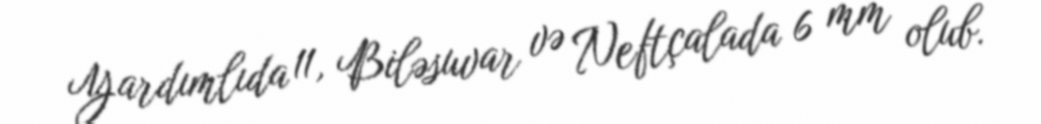
Yardımlıda 11, Biləsuvar və Neftçalada 6 mm olub.